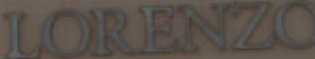
LORENZO